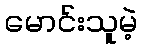
မောင်းသူမဲ့